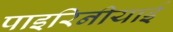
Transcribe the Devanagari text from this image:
पाइरिनीयाई